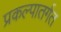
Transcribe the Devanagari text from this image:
प्रकल्पातर्गत